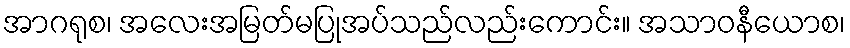
အာဂရုစ၊ အလေးအမြတ်မပြုအပ်သည်လည်းကောင်း။ အသာဝနီယောစ၊